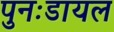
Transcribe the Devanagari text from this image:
पुनःडायल